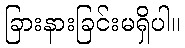
ခြားနားခြင်းမရှိပါ။